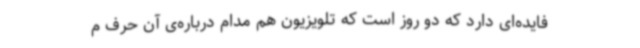
فایده‌ای دارد که دو روز است که تلویزیون هم مدام درباره‌ی آن حرف م